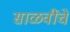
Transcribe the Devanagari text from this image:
साळवींचे